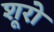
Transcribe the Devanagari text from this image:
शूरो